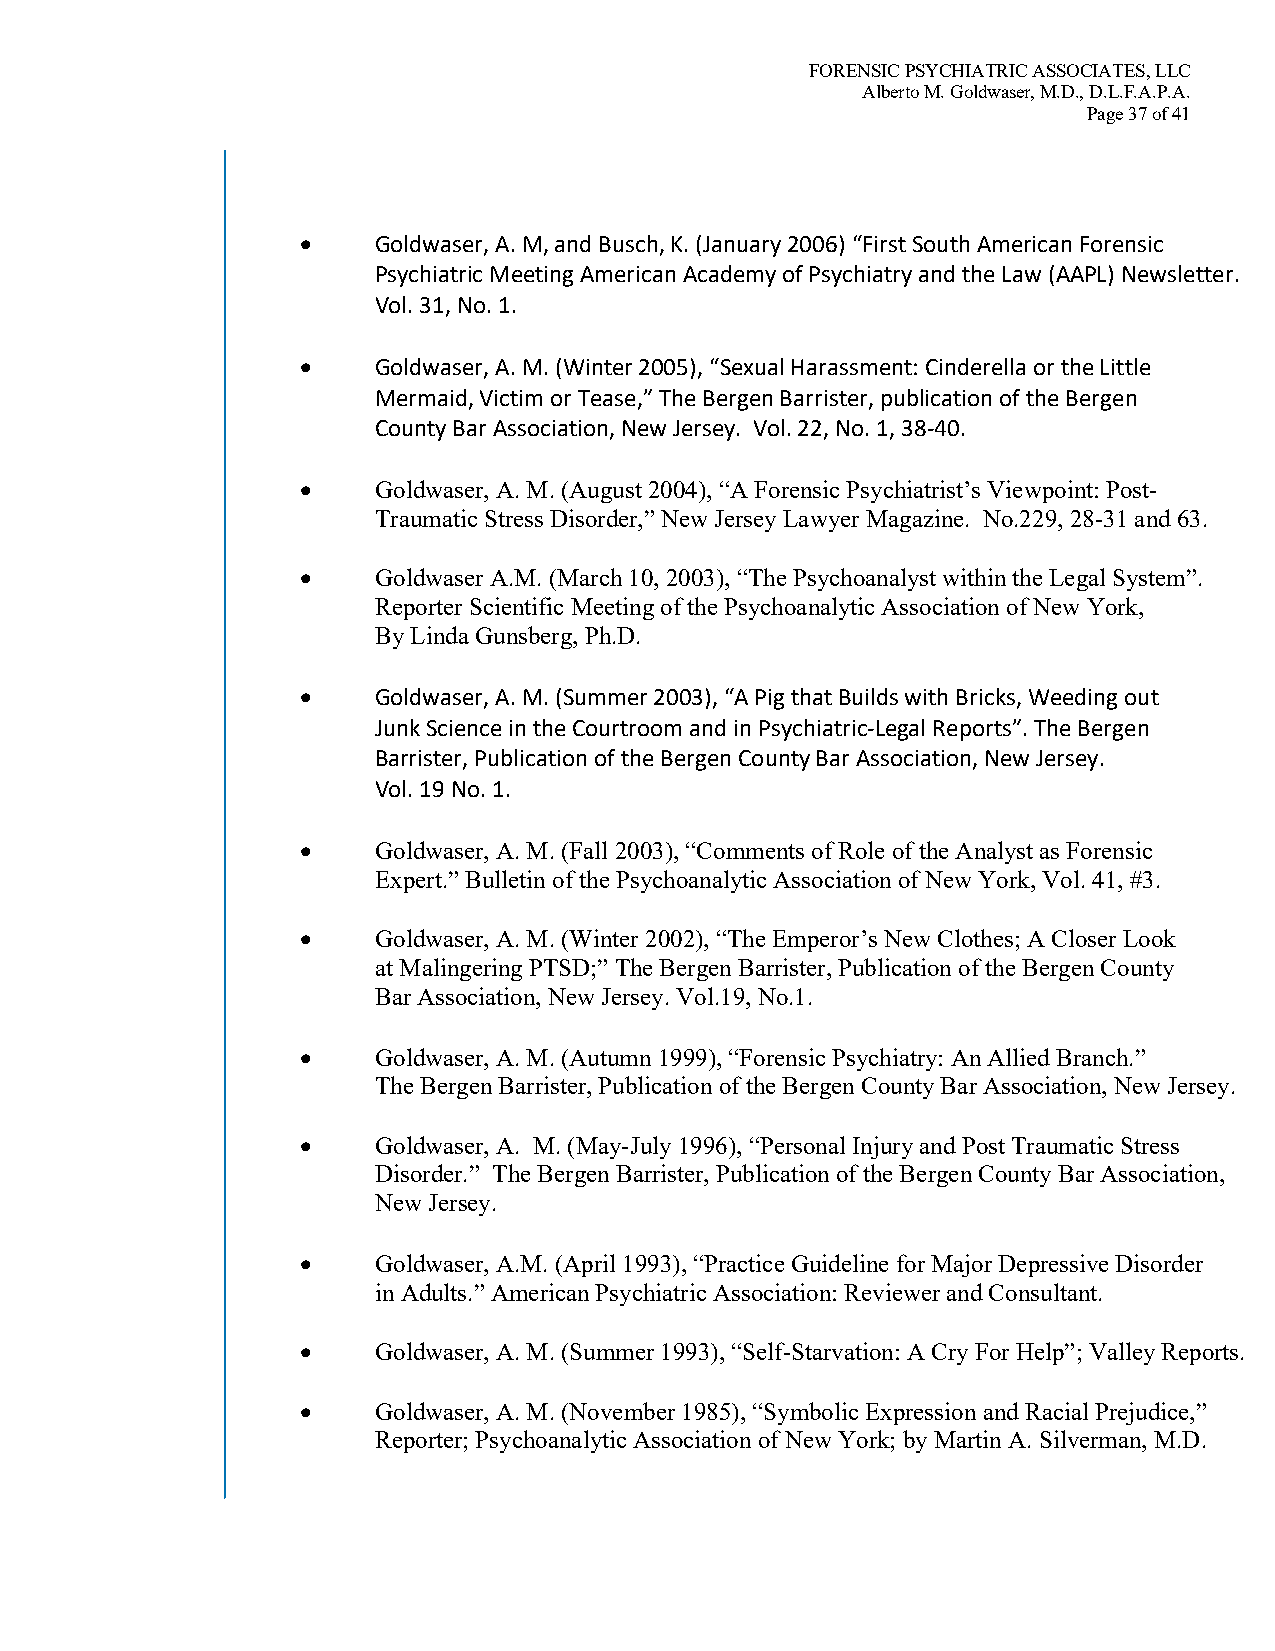
FORENSIC PSYCHIATRIC ASSOCIATES, LLC
 Alberto M. Goldwaser, M.D., D.L.F.A.P.A.
 Page 37 of 41
 •    Goldwaser, A. M, and Busch, K. (January 2006) “First South American Forensic
 Psychiatric Meeting American Academy of Psychiatry and the Law (AAPL) Newsletter.
 Vol. 31, No. 1.
 •    Goldwaser, A. M. (Winter 2005), “Sexual Harassment: Cinderella or the Little
 Mermaid, Victim or Tease,” The Bergen Barrister, publication of the Bergen
 County Bar Association, New Jersey. Vol. 22, No. 1, 38-40.
 •    Goldwaser, A. M. (August 2004), “A Forensic Psychiatrist’s Viewpoint: Post-
 Traumatic Stress Disorder,” New Jersey Lawyer Magazine. No.229, 28-31 and 63.
 •    Goldwaser A.M. (March 10, 2003), “The Psychoanalyst within the Legal System”.
 Reporter Scientific Meeting of the Psychoanalytic Association of New York,
 By Linda Gunsberg, Ph.D.
 •    Goldwaser, A. M. (Summer 2003), “A Pig that Builds with Bricks, Weeding out
 Junk Science in the Courtroom and in Psychiatric-Legal Reports”. The Bergen
 Barrister, Publication of the Bergen County Bar Association, New Jersey.
 Vol. 19 No. 1.
 •    Goldwaser, A. M. (Fall 2003), “Comments of Role of the Analyst as Forensic
 Expert.” Bulletin of the Psychoanalytic Association of New York, Vol. 41, #3.
 •    Goldwaser, A. M. (Winter 2002), “The Emperor’s New Clothes; A Closer Look
 at Malingering PTSD;” The Bergen Barrister, Publication of the Bergen County
 Bar Association, New Jersey. Vol.19, No.1.
 •    Goldwaser, A. M. (Autumn 1999), “Forensic Psychiatry: An Allied Branch.”
 The Bergen Barrister, Publication of the Bergen County Bar Association, New Jersey.
 •    Goldwaser, A. M. (May-July 1996), “Personal Injury and Post Traumatic Stress
 Disorder.” The Bergen Barrister, Publication of the Bergen County Bar Association,
 New Jersey.
 •    Goldwaser, A.M. (April 1993), “Practice Guideline for Major Depressive Disorder
 in Adults.” American Psychiatric Association: Reviewer and Consultant.
 •    Goldwaser, A. M. (Summer 1993), “Self-Starvation: A Cry For Help”; Valley Reports.
 •    Goldwaser, A. M. (November 1985), “Symbolic Expression and Racial Prejudice,”
 Reporter; Psychoanalytic Association of New York; by Martin A. Silverman, M.D.